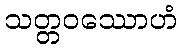
သတ္တဝဿောဟံ